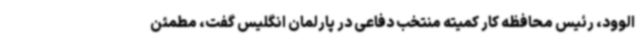
الوود، رئیس محافظه کار کمیته منتخب دفاعی در پارلمان انگلیس گفت، مطمئن